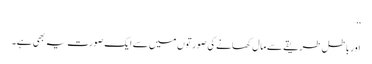
‘‘
اور باطل طریقے سے مال کھانے کی صورتوں میں سے ایک صورت یہ بھی ہے۔